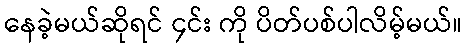
နေခဲ့မယ်ဆိုရင် ၄င်း ကို ပိတ်ပစ်ပါလိမ့်မယ်။